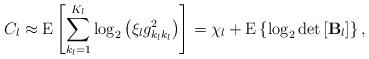
LaTeX: \begin{align*}C_l \approx \mathrm{E} \left[ \sum_{k_l=1}^{K_l} \log_2 \left(\xi_{l} g^2_{k_l k_l} \right) \right] = \chi_{l} + \mathrm{E} \left\lbrace \log_2 \det \left[ \mathbf{B}_l \right] \right\rbrace,\end{align*}